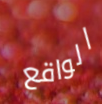
الواقع